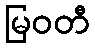
မြဝတီ